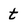
Character: t